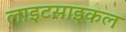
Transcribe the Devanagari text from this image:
लाइटसाइकल